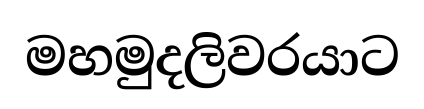
මහමුදලිවරයාට